Subject: physics
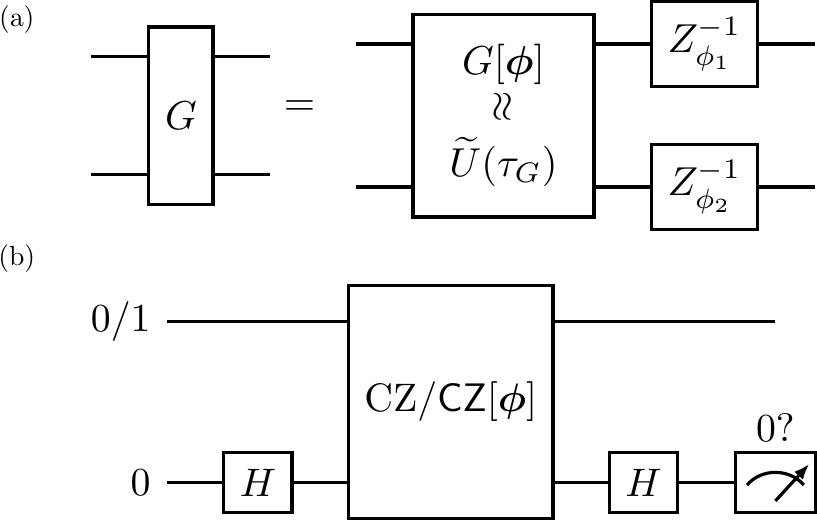
LaTeX code:
\begin{tikzpicture}[x=\linewidth, y=\linewidth]
\node at (0.45,0){
\includegraphics[width=0.8\linewidth]{11015_tqg-circuit-1.pdf}};
\node at (0.,0.1) {(a)};
\node at (0.45,-0.3) {
\includegraphics[width=0.8\linewidth]{11016_tqg-circuit-2.pdf}};
\node at (0.,-0.15) {(b)};
\end{tikzpicture}